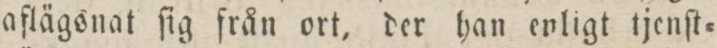
aflägsnat ſig från ort, der han enligt tjenſt=